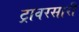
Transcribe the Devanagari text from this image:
ट्रावरसारी